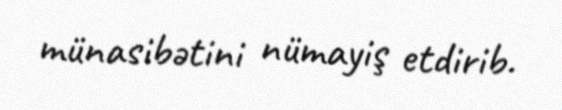
münasibətini nümayiş etdirib.